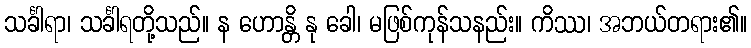
သင်္ခါရာ၊ သင်္ခါရတို့သည်။ န ဟောန္တိ နု ခေါ၊ မဖြစ်ကုန်သနည်း။ ကိဿ၊ အဘယ်တရား၏။